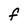
Character: F